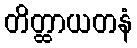
တိတ္ထာယတနံ